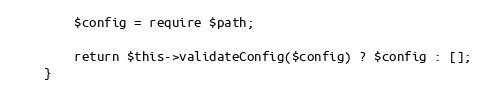
Language: PHP
        $config = require $path;

        return $this->validateConfig($config) ? $config : [];
    }